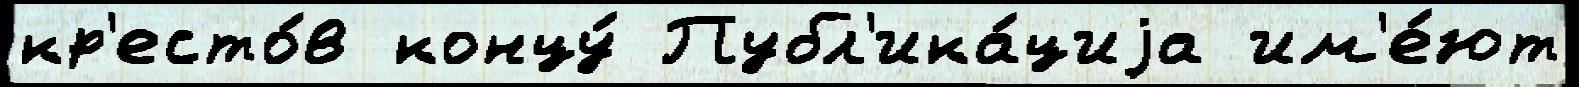
кр'есто́в концу́ Публ'ика́циjа им'е́ют